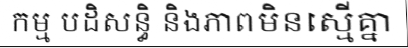
កម្ម បដិសន្ធិ និងភាពមិនស្មើគ្នា